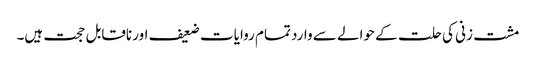
مشت زنی کی حلت کے حوالے سے وارد تمام روایات ضعیف اور ناقابل حجت ہیں۔